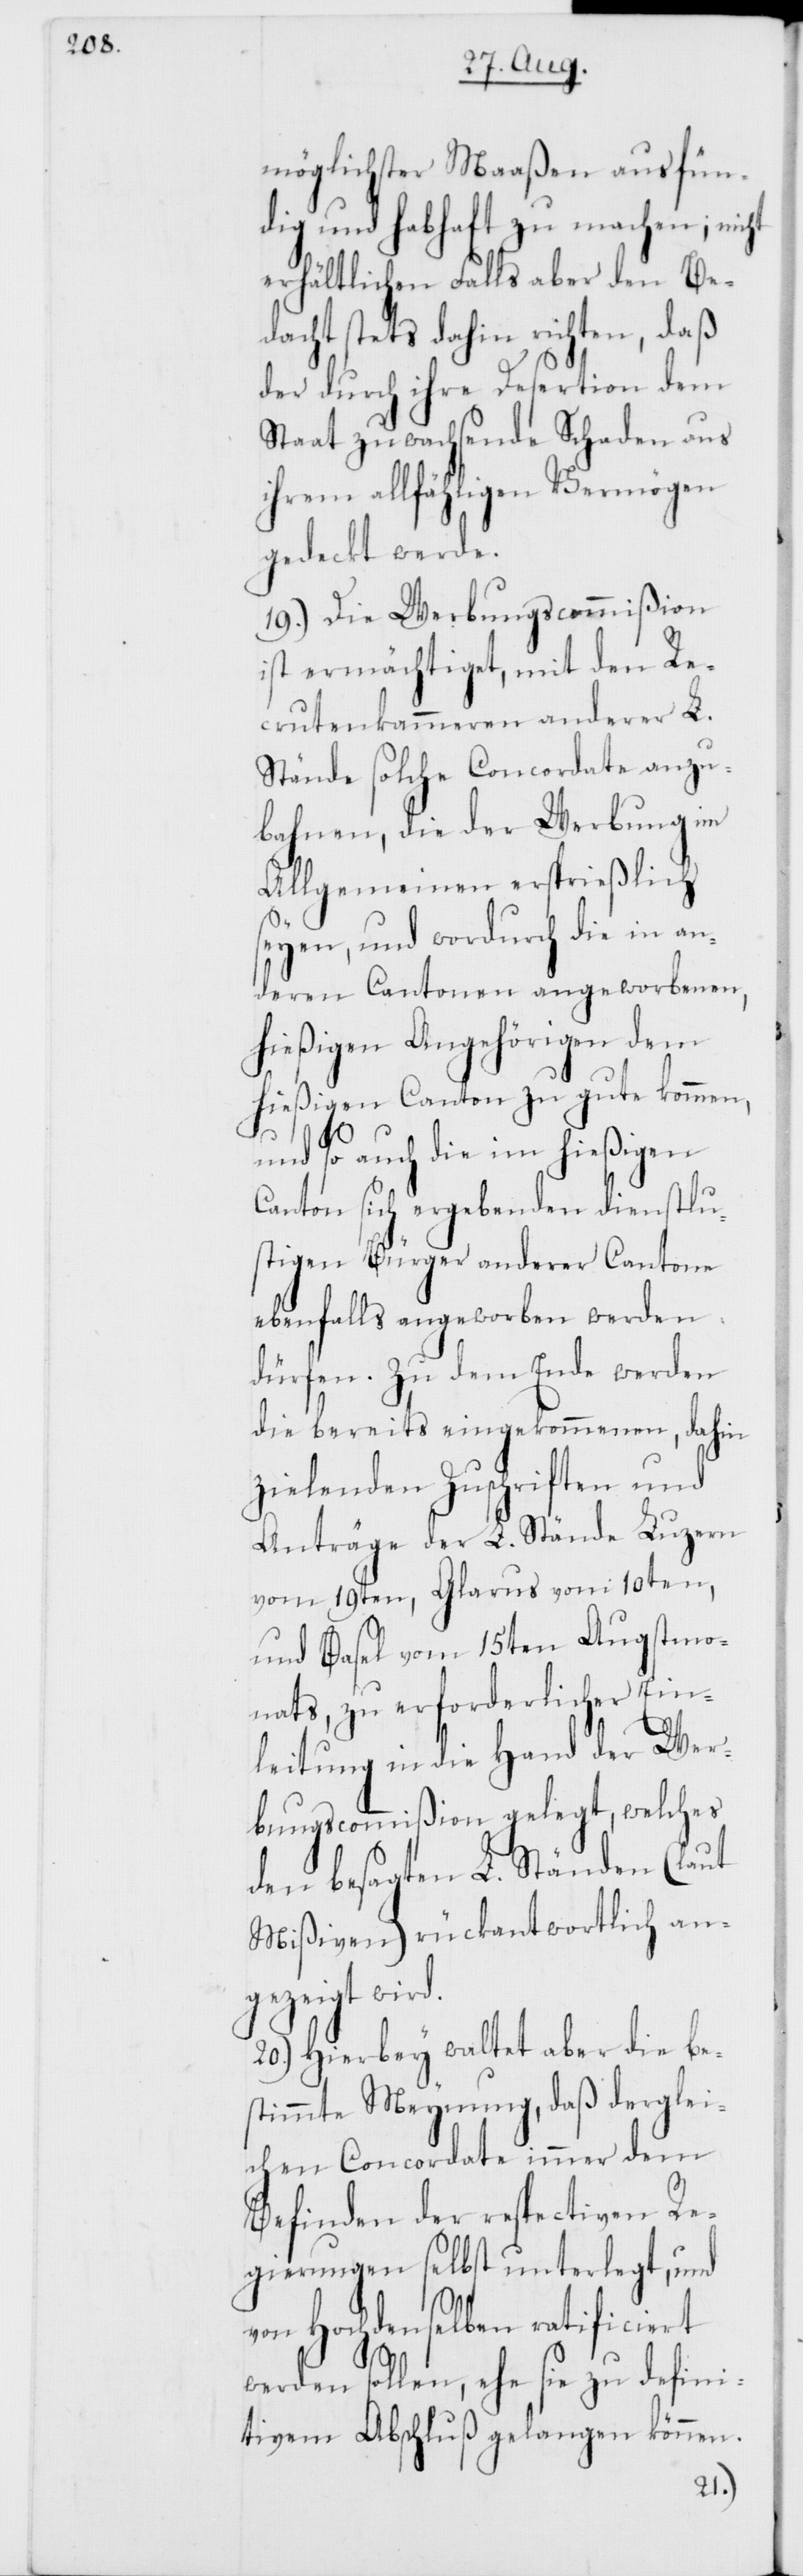
möglichster Maaßen ausfün¬
dig und habhaft zu machen; nicht
erhältlichen Falls aber den Be¬
dacht stets dahin richten, daß
der durch ihre Desertion dem
Staat zuwachsende Schaden aus
ihrem allfähligen Vermögen
gedeckt werde.
19.) Die Werbungscommißion
ist ermächtiget, mit den Re¬
crutenkammeren anderer L.
Stände solche Concordate anzu¬
bahnen, die der Werbung im
Allgemeinen ersprießlich
seyen, und wodurch die in an¬
deren Cantonen angeworbenen,
hießigen Angehörigen dem
hießigen Canton zu gute kommen,
und so auch die im hießigen
Canton sich ergebenden dienstlu¬
stigen Bürger anderer Cantone
ebenfalls angeworben werden
dürfen. Zu dem Ende werden
die bereits eingekommenen, dahin
zielenden Zuschriften und
Anträge der L. Stände Luzern
vom 19ten, Glarus vom 10ten,
und Basel vom 15ten Augst¬
monats, zu erforderlicher Ein¬
leitung in die Hand der Wer¬
bungscommißion gelegt, welches
den besagten L. Ständen (laut
Mißiven) rückantwortlich an¬
gezeigt wird.
20.) Hierbey waltet aber die be¬
stimmte Meynung, daß derglei¬
chen Concordate immer dem
Befinden der respectiven Re¬
gierungen selbst unterlegt, und
von Hochdenselben ratificiert
werden sollen, ehe sie zu defini¬
tivem Abschluß gelangen können.